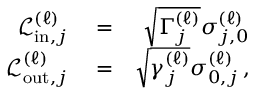
\begin{array} { r l r } { \mathcal { L } _ { \mathrm { i n } , j } ^ { ( \ell ) } } & { { } = } & { \sqrt { \Gamma _ { j } ^ { ( \ell ) } } \sigma _ { j , 0 } ^ { \left( \ell \right) } } \\ { \mathcal { L } _ { \mathrm { o u t } , j } ^ { ( \ell ) } } & { { } = } & { \sqrt { \gamma _ { j } ^ { ( \ell ) } } \sigma _ { 0 , j } ^ { \left( \ell \right) } \, , } \end{array}